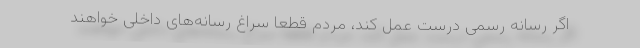
اگر رسانه رسمی درست عمل کند، مردم قطعا سراغ رسانه‌های داخلی خواهند